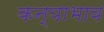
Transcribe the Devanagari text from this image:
कन्याभाव